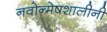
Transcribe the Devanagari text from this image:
नवोन्मेषशालीनी